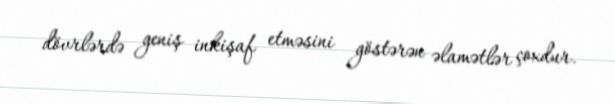
dövrlərdə geniş inkişaf etməsini göstərən əlamətlər çoxdur.